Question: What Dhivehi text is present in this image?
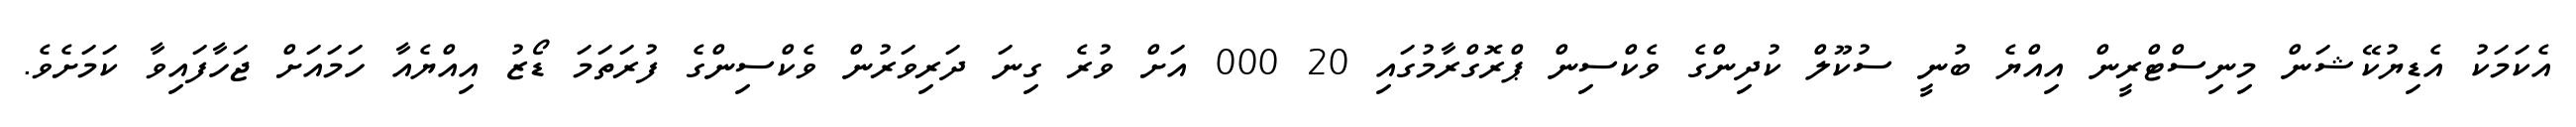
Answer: އެކަމަކު އެޑިޔުކޭޝަން މިނިސްޓްރީން އިއްޔެ ބުނީ ސުކޫލް ކުދިންގެ ވެކްސިން ޕްރޮގްރާމުގައި 20 000 އަށް ވުރެ ގިނަ ދަރިވަރުން ވެކްސިންގެ ފުރަތަމަ ޑޯޒު އިއްޔެއާ ހަމައަށް ޖަހާފައިވާ ކަމަށެވެ.